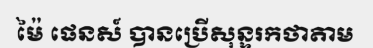
ម៉ៃ ផេនស៍ បានប្រើសុន្ទរកថាតាម